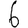
Digit: 6